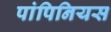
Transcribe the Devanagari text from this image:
पांपिनियस